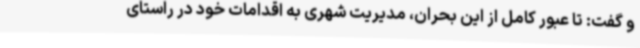
و گفت: تا عبور کامل از این بحران، مدیریت شهری به اقدامات خود در راستای